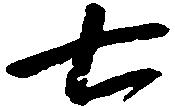
七